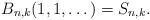
LaTeX: \begin{align*}B_{n,k}(1,1, \dots)= S_{n,k}. \end{align*}